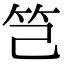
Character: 𥫟